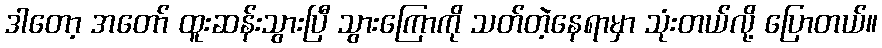
ဒါတော့ အတော် ထူးဆန်းသွားပြီ သွားကြောကို သတ်တဲ့နေရာမှာ သုံးတယ်လို့ ပြောတယ်။